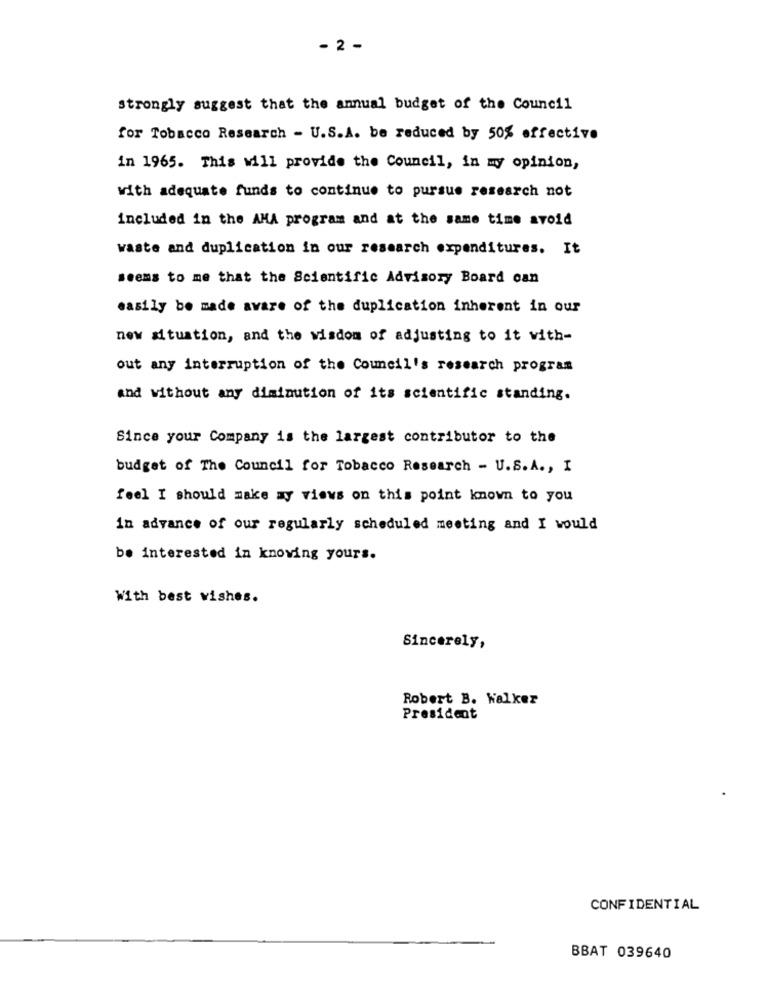
- 2 -
strongly suggest that the annual budget of the Council
for Tobacco Research - U.S.A. be reduced by 50% effective
in 1965. This will provide the Council, in my opinion,
with adequate funds to continue to pursue research not
included in the AMA program and at the same time avoid
waste and duplication in our research expenditures. It
seems to me that the Scientific Advisory Board can
easily be made aware of the duplication inherent in our
new situation, and the wisdom of adjusting to it with-
out any interruption of the Council's research program
and without any diminution of its scientific standing.
Since your Company is the largest contributor to the
budget of The Council for Tobacco Research - U.S. A ., I
feel I should make my views on this point known to you
in advance of our regularly scheduled meeting and I would
be interested in knowing yours.
With best wishes.
Sincerely,
Robert B. Walker
President
CONFIDENTIAL
BBAT 039640